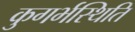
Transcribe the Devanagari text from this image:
कुगर्भस्थिति